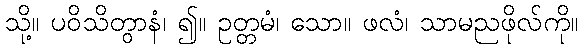
သို့။ ပဝိသိတွာနံ၊ ၍။ ဥတ္တမံ၊ သော။ ဖလံ၊ သာမညဖိုလ်ကို။